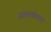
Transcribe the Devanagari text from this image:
आठवणीप्रमाणे